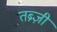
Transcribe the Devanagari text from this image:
तब्र्ज़ी